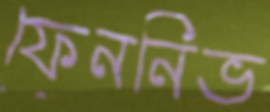
ফেননিভ